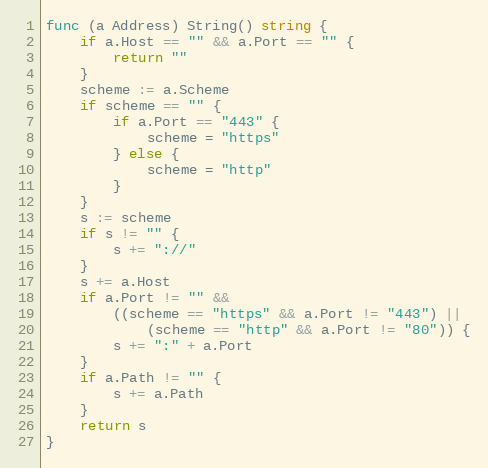
Language: Go
func (a Address) String() string {
	if a.Host == "" && a.Port == "" {
		return ""
	}
	scheme := a.Scheme
	if scheme == "" {
		if a.Port == "443" {
			scheme = "https"
		} else {
			scheme = "http"
		}
	}
	s := scheme
	if s != "" {
		s += "://"
	}
	s += a.Host
	if a.Port != "" &&
		((scheme == "https" && a.Port != "443") ||
			(scheme == "http" && a.Port != "80")) {
		s += ":" + a.Port
	}
	if a.Path != "" {
		s += a.Path
	}
	return s
}